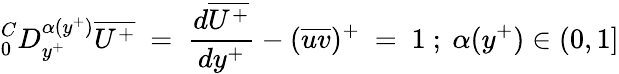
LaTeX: ^C_{0}D_{y^{+}}^{\alpha(y^{+})}\overline{{U^{+}}}~=~\frac{d\overline{{U^{+}}}}{dy^{+}}-(\overline{{uv}})^{+}~=~1~;~\alpha(y^{+})\in(0,1]